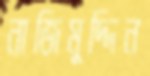
নাজিমুদ্দিন